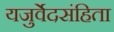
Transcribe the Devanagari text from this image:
यजुर्वेदसंहिता